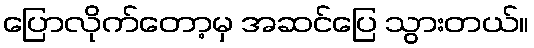
ပြောလိုက်တော့မှ အဆင်ပြေ သွားတယ်။